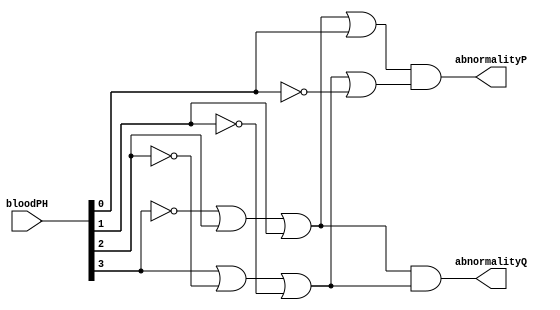
`timescale 1ns / 1ps
`default_nettype none

/*
**********************************************************
** Logic Design Final Project Fall, 2019 Semester
** Amirkabir University of Technology (Tehran Polytechnic)
** Department of Computer Engineering (CEIT-AUT)
** Logic Circuit Design Laboratory
** https://ceit.aut.ac.ir
**********************************************************
** Student ID: 9731078 (Negin HajiSobhani)
** Student ID: 9731096 (Amirhossein Alibakhshi)
**********************************************************
** Module Name: BloodPHAnalyzer
**********************************************************
** Additional Comments:

	bloodPH[3] = A
	bloodPH[2] = B
	bloodPH[1] = C
	bloodPH[0] = D

	pH		abnormalityP	abnormalityQ

	0000			1					1
	0001			1					1
	0010			1					1
	0011			1					1
	0100			1					1
	0101			1					1
	0110			1					0
	0111			0					0
	1000			0					0
	1001			1					0
	1010			1					1
	1011			1					1
	1100			1					1
	1101			1					1
	1110			1					1
	1111			1					1

	karnough table for abnormalityP:

  \AB                        
 CD\_________________________
    |     |     |     |     |
    |  1  |  1  |  1  |  0  |
    |_____|_____|_____|_____|
    |     |     |     |     |
    |  1  |  1  |  1  |  1  |
    |_____|_____|_____|_____|
    |     |     |     |     |
    |  1  |  0  |  1  |  1  |
    |_____|_____|_____|_____|
    |     |     |     |     |
    |  1  |  1  |  1  |  1  |
    |_____|_____|_____|_____|
	 
	 f(A,B,C,D) --POS--> (A'+ B + C + D)(A + B'+ C'+ D')
	 
	 ----------------------------------------------
	 karnough table for abnormalityQ:
	 
 \AB                        
 CD\_________________________
    |     |     |     |     |
    |  1  |  1  |  1  |  0  |
    |_____|_____|_____|_____|
    |     |     |     |     |
    |  1  |  1  |  1  |  0  |
    |_____|_____|_____|_____|
    |     |     |     |     |
    |  1  |  0  |  1  |  1  |
    |_____|_____|_____|_____|
    |     |     |     |     |
    |  1  |  0  |  1  |  1  |
    |_____|_____|_____|_____|
	 
	 f(A,B,C,D) --POS--> ( A'+ B + C )( A + B'+ C')

*/

module BloodPHAnalyzer(
        bloodPH,
        abnormalityP,
        abnormalityQ);
	input [3:0] bloodPH;
	output abnormalityP;
	output abnormalityQ;
	wire [3:0] n;
	not n0( n[0], bloodPH[0]),// D'
		n1( n[1], bloodPH[1]), // C'
		n2( n[2], bloodPH[2]), // B'
		n3( n[3], bloodPH[3]); // A'
	wire p1, p2, q1, q2;
	or g1(p1, n[3], bloodPH[2], bloodPH[1], bloodPH[0]), //A'+ B + C + D
		g2(p2, bloodPH[3], n[2], n[1], n[0]), //A + B'+ C'+ D'
		g3(q1, n[3], bloodPH[2], bloodPH[1]), //A'+ B + C
		g4(q2, bloodPH[3], n[2], n[1]); //A + B'+ C'
	and p(abnormalityP, p1, p2),
		q(abnormalityQ, q1,q2);

endmodule